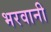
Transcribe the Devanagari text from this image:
भरवानी